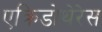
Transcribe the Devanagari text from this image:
एक्रिडोथेरेस